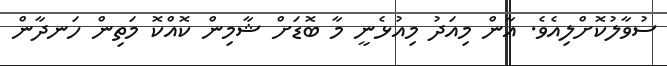
ސުވާލުކޮށްލިއެވެ. އާން މިއަދު މިއުޅެނީ މާ ބޮޑަށް ޝާމިން ކޮއްކޮ މަތިން ހަނދާން